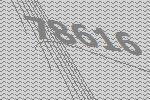
78616